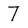
Character: 7